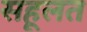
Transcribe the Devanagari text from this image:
सहूलत